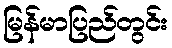
မြန်မာပြည်တွင်း